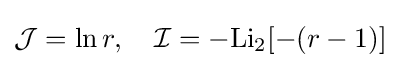
{\mathcal {J}}=\ln r,\quad {\mathcal {I}}=-\mathrm {Li_{2}} [-(r-1)]